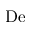
\mathrm { D e }